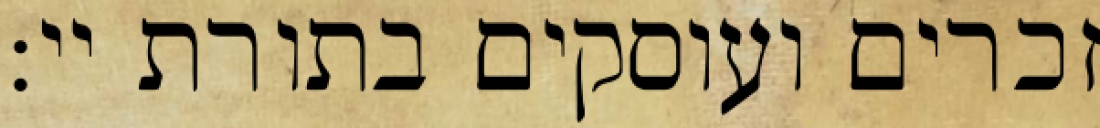
זכרים ועוסקים בתורת יי: